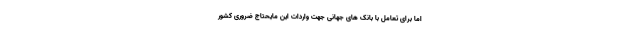
اما برای تعامل با بانک های جهانی جهت واردات این مایحتاج ضروری کشور